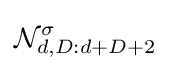
{\mathcal {N}}_{d,D:d+D+2}^{\sigma }